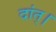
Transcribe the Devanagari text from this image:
दांत्।